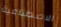
الاصطناعية